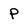
Character: p